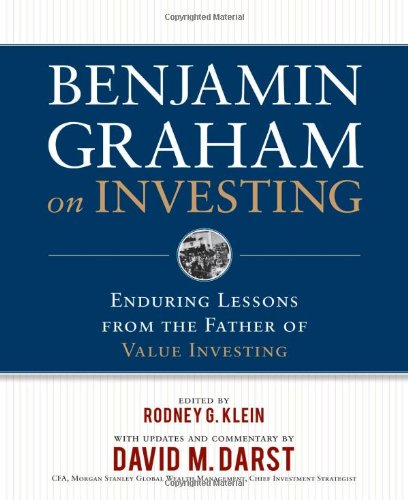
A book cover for Benjamin Graham on Investing: Enduring Lessons from the Father of Value Investing; Benjamin Graham; Business & Money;